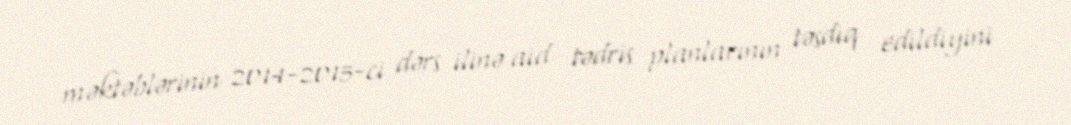
məktəblərinin 2014-2015-ci dərs ilinə aid tədris planlarının təsdiq edildiyini